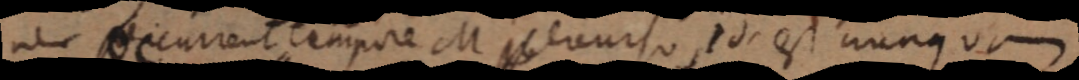
nec occurrent tempore M _ recurso, sed. est nunquam